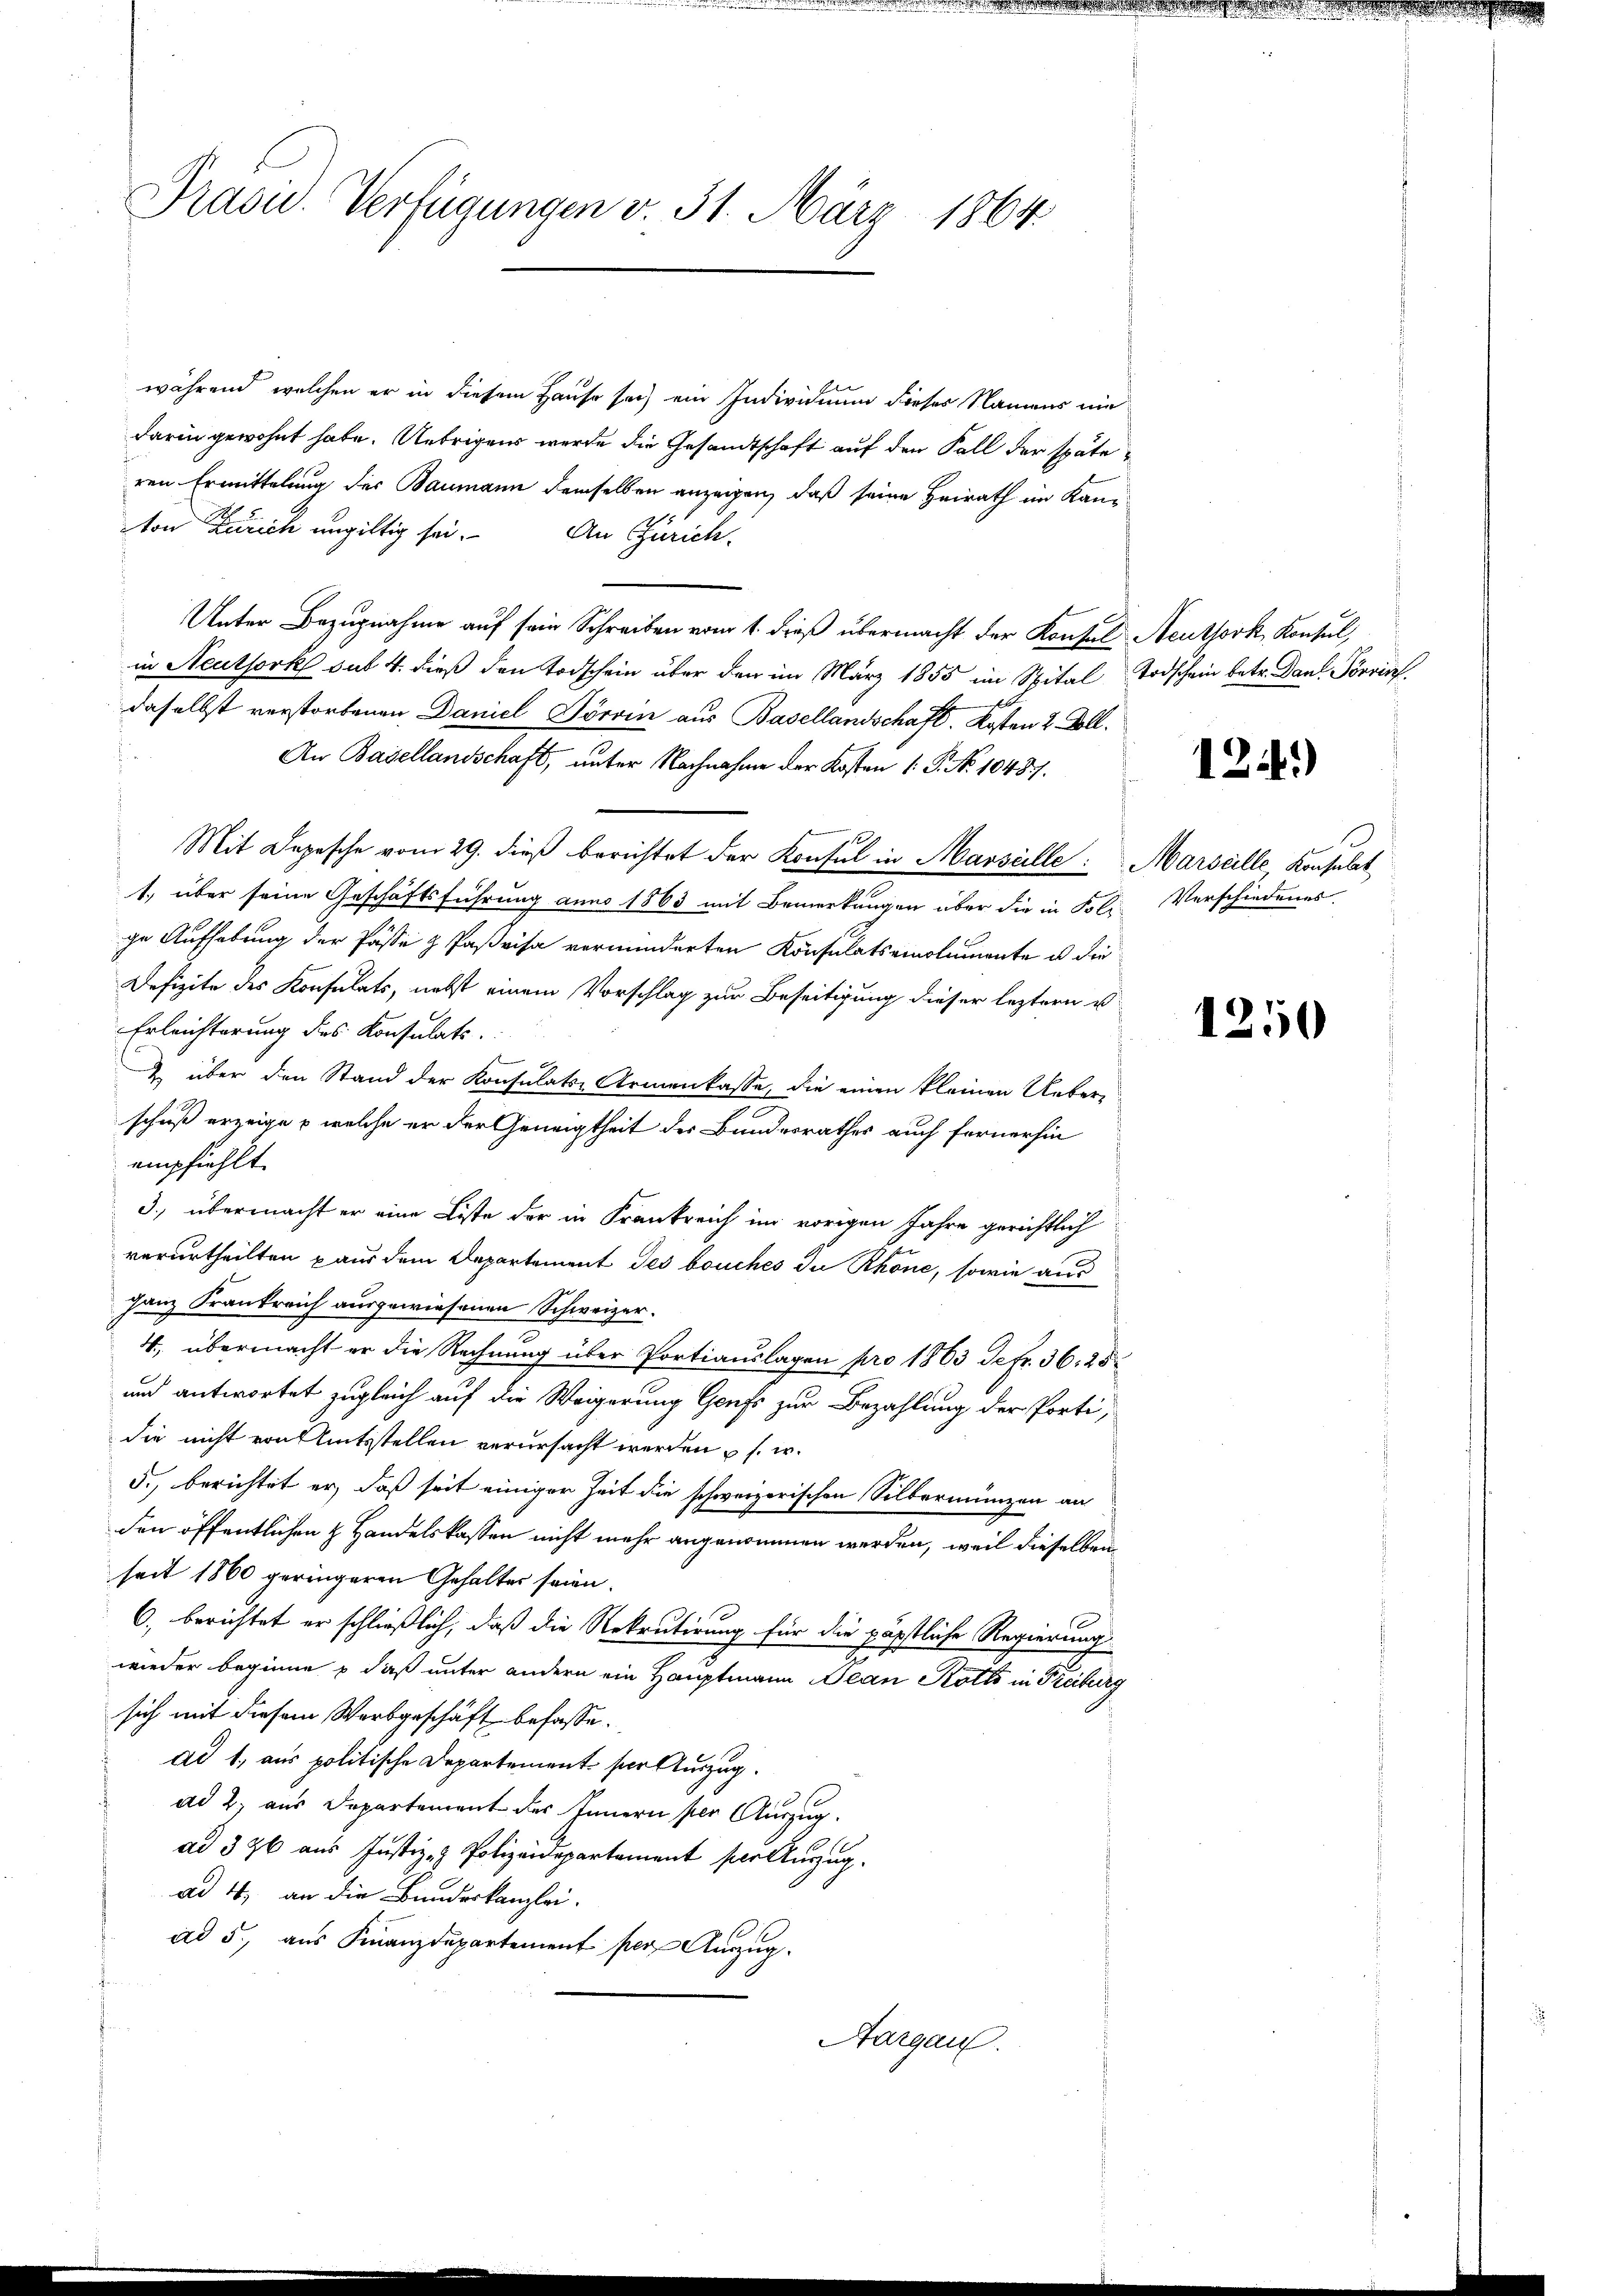
Präsid. Verfügungen v. 31. März 1864

während, welchen er in diesem Hause sich ein Individuum dieses Namens nie
darin gewohnt habe. Uebrigens werde die Gesandtschaft auf den Fall der späteren Ermittelung der Baumann demselben anzeigen, daß seine Heirath im Kan¬
Non Zürich ungültig sei. An Zürich.
Unter Bezugnahme auf sein Schreiben vom 1. dieß übermacht der Konsul Neuthork, Konsul,
in Neuthork sut 4. dieß den Todschein über den im März 1855 im Spital Todschein betr. Dans Prin
daselbst verstorbenen Daniel Törren aus Basellandschaft. Kosten 2. Volli
An Basellandschaft, unter Nachnahme der Kosten 1. P. No 1048.
Mit Depesche vom 29. dieß berichtet der Konsul in Marseille: Marseille Konsulat
1., über seine Geschäftsführung anno 1863 mit Bemerkungen über die in Fol. Verschiedenes
ge Aufhebung der Pässe & Paßvisa verminderten Konsulatsemolumente u die
Defizite des Konsulats, nebst einem Vorschlag zur Beseitigung dieser leztern u
Erleichterung des Konsulats.
& über den Stand der Konsulats Armenkasse, die einen kleinen Ueber-
schuß erzeige , welche er der Geneigtheit des Bundesrathes auch fernerhin
empfiehlt.
3. übermacht er eine Liste der in Krankreich im vorigen Jahre gerichtlich
verurtheilten paus dem Departement des bouches du Rhone, sowie aus
ganz Krankreich ausgewiesenen Schweizer.
4, übermacht er die Rechnung über Portiauslagen pro 1863 Jefr. 36. 25
und antwortet zugleich auf die Weigerung Gorfs zur Bezahlung der Portidie nicht von Amtsstellen verursacht werden u s. w.
5., berichtet er, daß seit einiger Zeit die schweizerischen Silbermünzen an
den öffentlichen & Handelskassen nicht mehr angenommen werden, weil dieselben
seit 1860 geringeren Gehalter seien.
6., berichtet er schließlich, daß die Rekrutirung für die päpstliche Regierung
wieder beginne & daß unter andern ein Hauptmann Bean Pötts in Freiburg
sich mit diesem Werbgeschäft befasse.
ad 1, aus politische Departement ser Auszug.
ad 2, aus Departement des Innern per Auszug.
ad 326 aus Justiz- & Polizeidepartement per Auszug.
ad 4, an die Bundeskanzlei.
ad 5., aus Finanzdepartement per Anzug.
Aargau.

124.)

1250